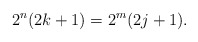
\begin{align*}2^n ( 2k+1) = 2^m (2j+1).\end{align*}